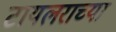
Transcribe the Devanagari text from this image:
टायलराच्या